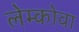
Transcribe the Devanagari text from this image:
लेम्कोवा